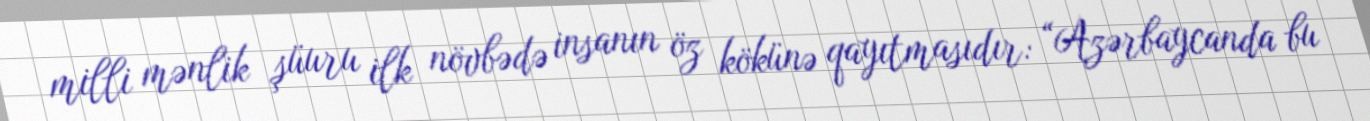
milli mənlik şüuru ilk növbədə insanın öz kökünə qayıtmasıdır: “Azərbaycanda bu